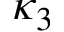
\kappa _ { 3 }